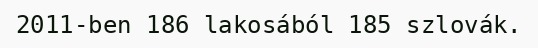
2011-ben 186 lakosából 185 szlovák.